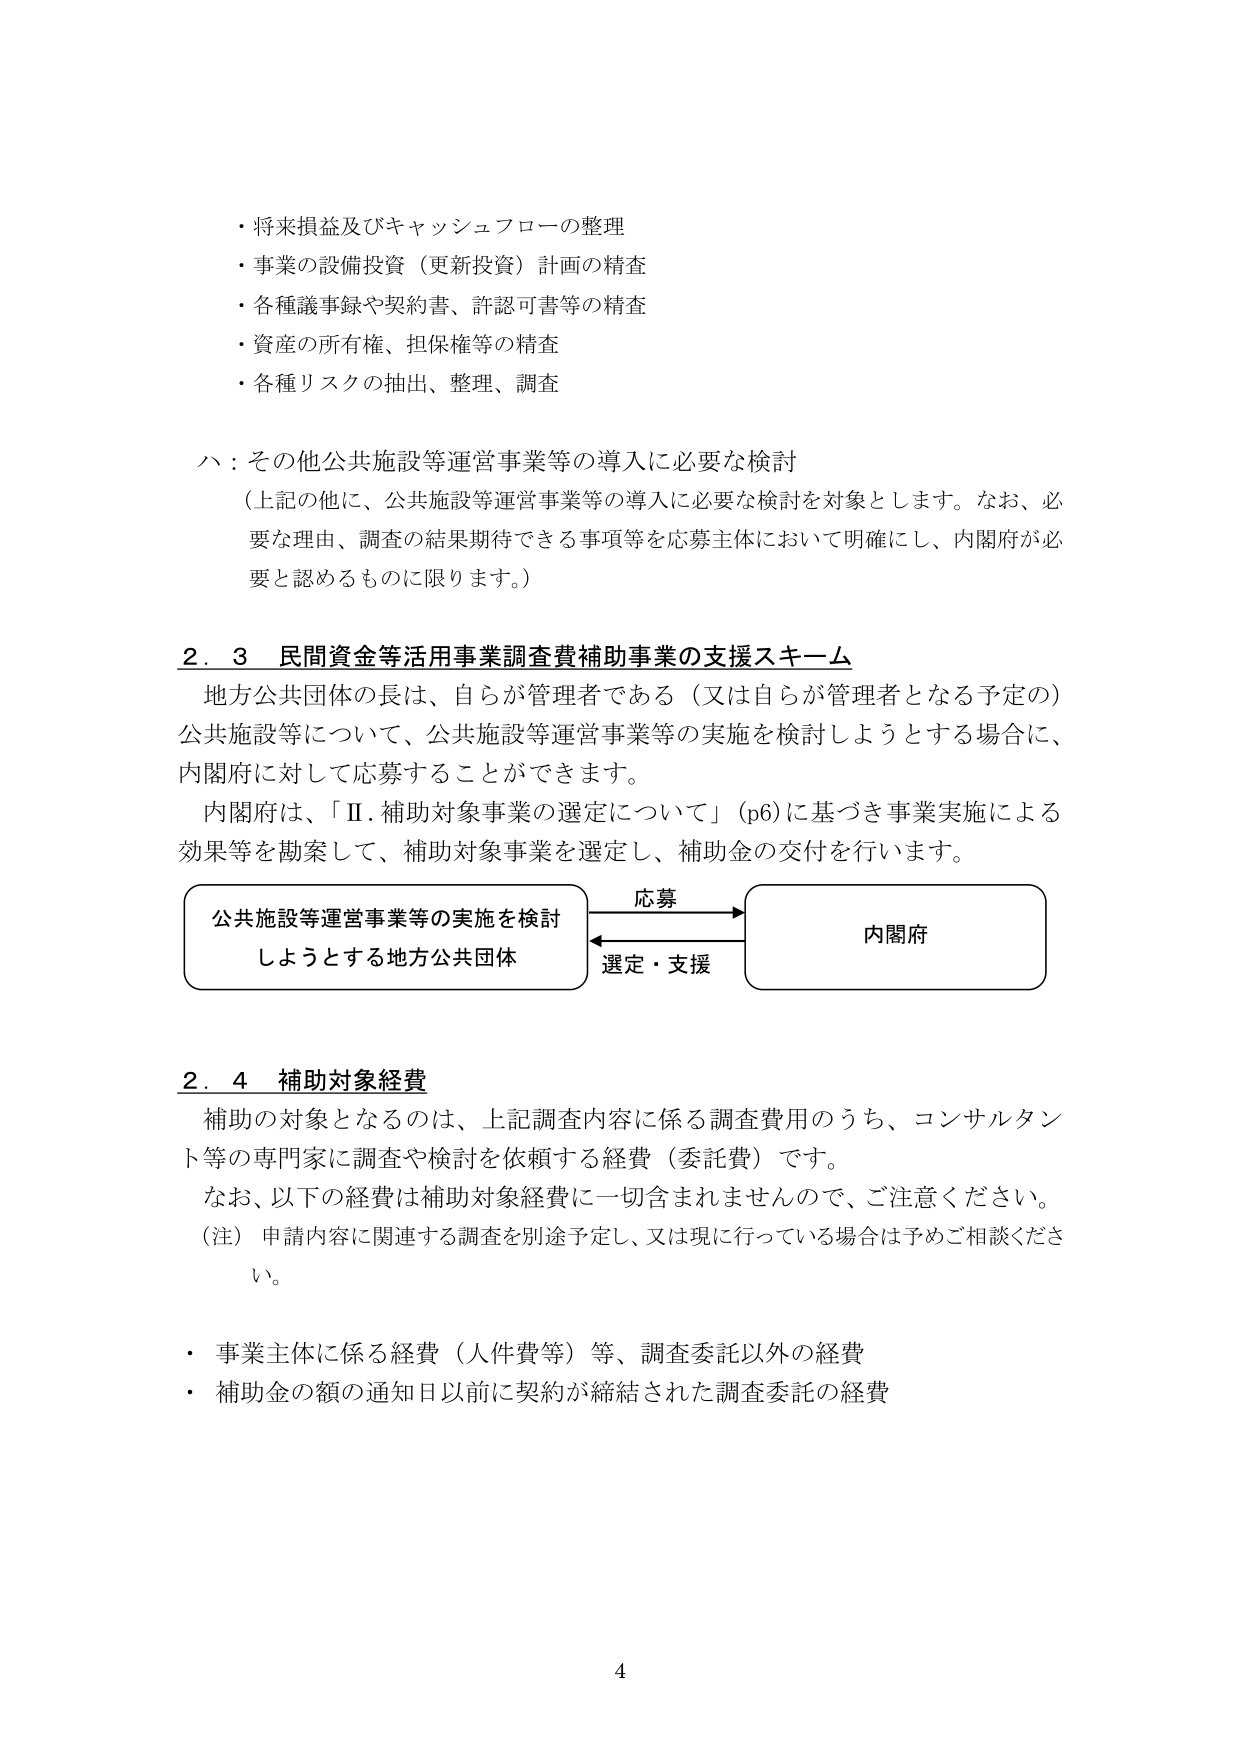
・将来損益及びキャッシュフローの整理
・事業の設備投資（更新投資）計画の精査
・各種議事録や契約書、許認可書等の精査
・資産の所有権、担保権等の精査
・各種リスクの抽出、整理、調査

ハ：その他公共施設等運営事業等の導入に必要な検討
（上記の他に、公共施設等運営事業等の導入に必要な検討を対象とします。なお、必要な理由、調査の結果期待できる事項等を応募主体において明確にし、内閣府が必要と認めるものに限ります。）

2．3 民間資金等活用事業調査費補助事業の支援スキーム
地方公共団体の長は、自らが管理者である（又は自らが管理者となる予定の）公共施設等について、公共施設等運営事業等の実施を検討しようとする場合に、内閣府に対して応募することができます。
内閣府は、「Ⅱ．補助対象事業の選定について」（p6）に基づき事業実施による効果等を勘案して、補助対象事業を選定し、補助金の交付を行います。

公共施設等運営事業等の実施を検討
しようとする地方公共団体